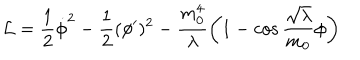
{ \cal L } = \frac { 1 } { 2 } \dot { \phi } ^ { 2 } - \frac { 1 } { 2 } ( \phi ^ { \prime } ) ^ { 2 } - \frac { m _ { 0 } ^ { 4 } } { \lambda } \left( 1 - \cos \frac { \sqrt { \lambda } } { m _ { 0 } } \phi \right)